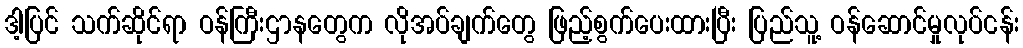
ဒါ့ပြင် သက်ဆိုင်ရာ ဝန်ကြီးဌာနတွေက လိုအပ်ချက်တွေ ဖြည့်စွက်ပေးထားပြီး ပြည်သူ့ ဝန်ဆောင်မှုလုပ်ငန်း